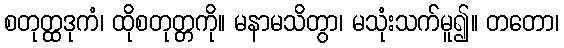
စတုတ္ထဒုကံ၊ ထိုစတုတ္တကို။ မနာမသိတွာ၊ မသုံးသက်မူ၍။ တတော၊